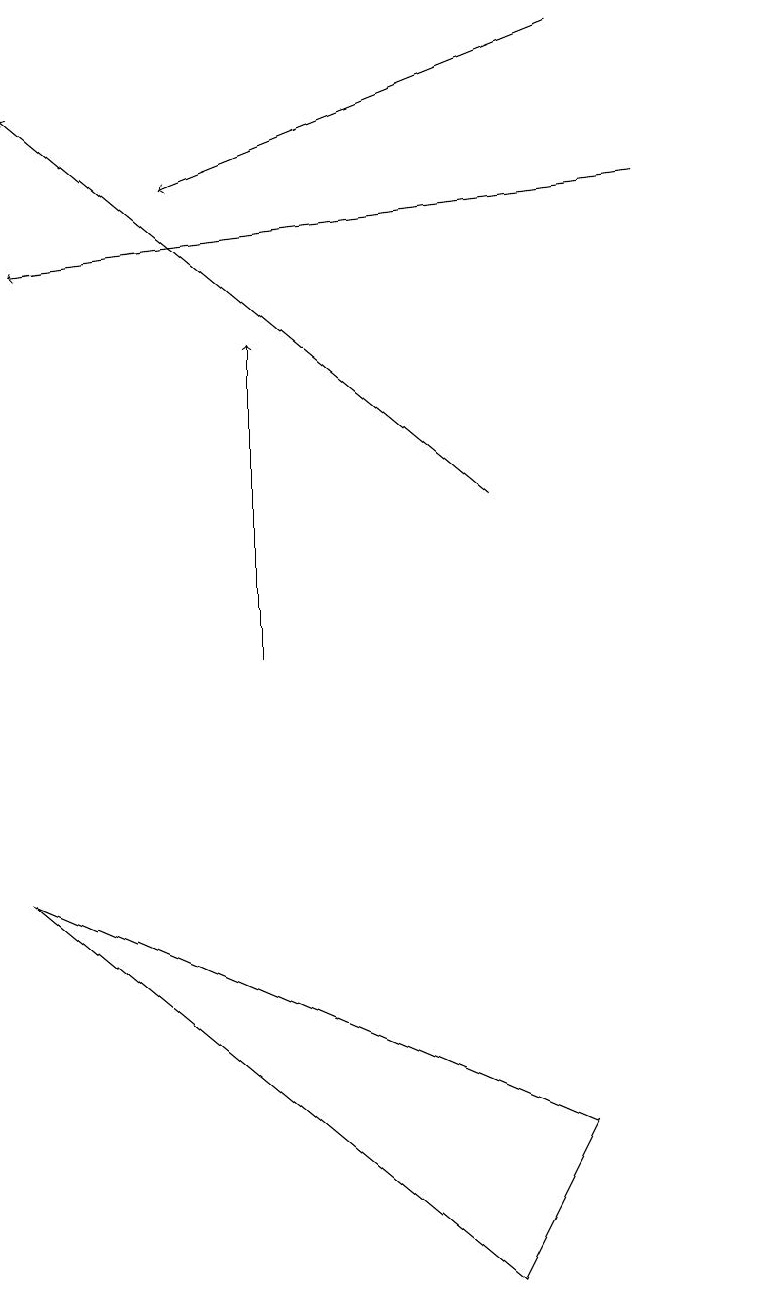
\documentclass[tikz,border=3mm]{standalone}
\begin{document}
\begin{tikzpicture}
\draw (8,4) -- (7,2) -- (1,7) -- cycle;
\draw (10,10) circle (0);
\draw[->] (7,12) -- (1,17);
\draw[->] (9,16) -- (1,15);
\draw[->] (8,18) -- (3,16);
\draw[->] (4,10) -- (4,14);
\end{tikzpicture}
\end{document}